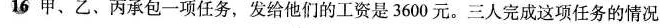
16甲、乙、丙承包一项任务，发给他们的工资是3600元。三人完成这项任务的情况